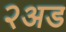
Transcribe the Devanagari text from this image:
२अड